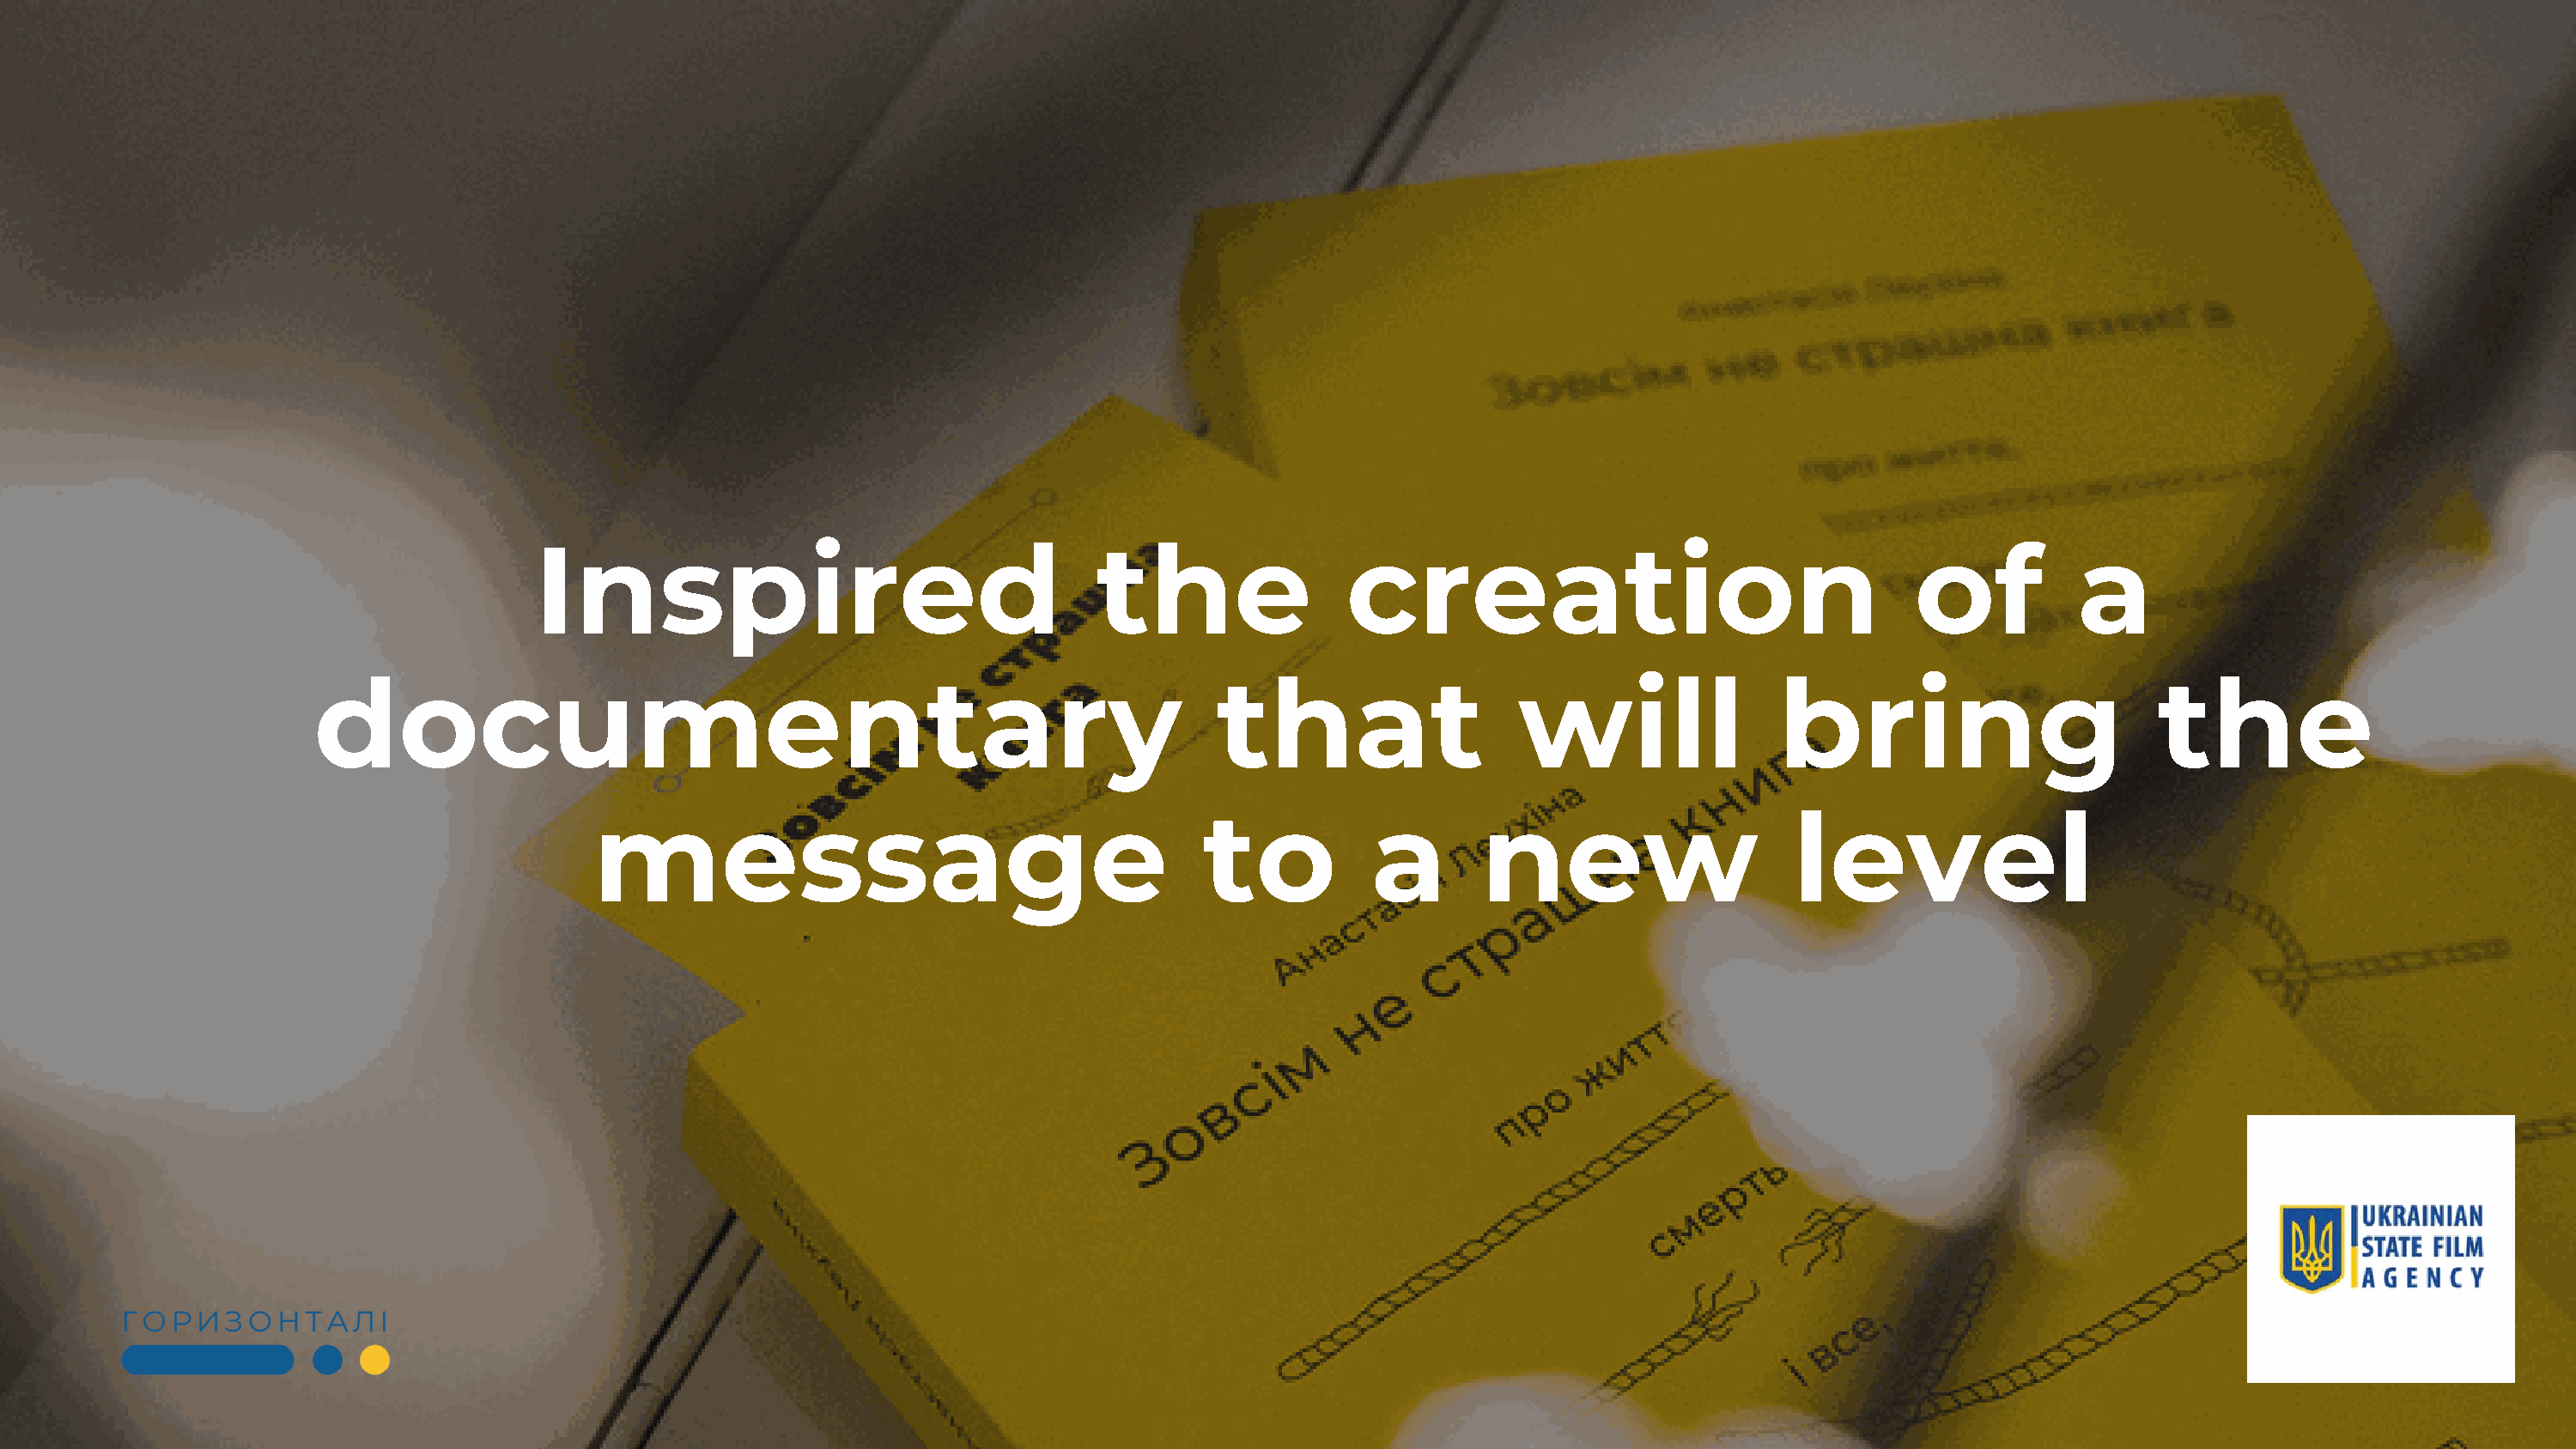
Inspired                                    the                creation                                    of          a
 documentary                                                           that                   will                bring                        the
 message                                        to           a       new                     level